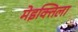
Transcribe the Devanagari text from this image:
मेइक्तिला